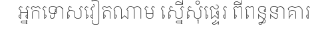
អ្នកទោសវៀតណាម ស្នើសុំផ្ទេរ ពីពន្ធនាគារ